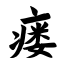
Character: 瘘